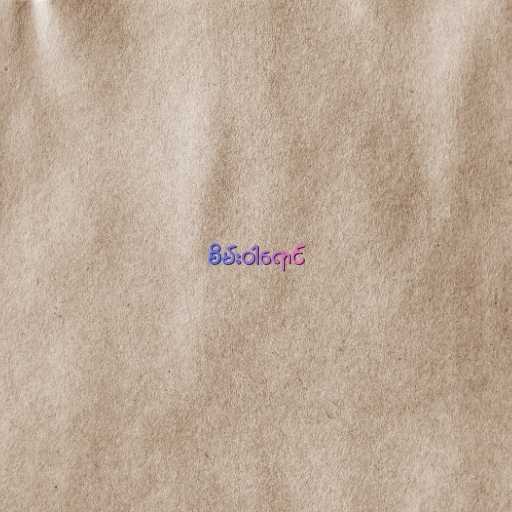
စိမ်းဝါရောင်